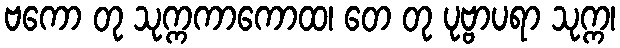
ဗကော တု သုက္ကကာကောထ၊ တေ တု ပုဗ္ဗာပရာ သုက္က၊